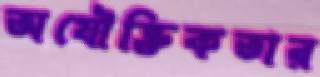
অযৌক্তিকতার